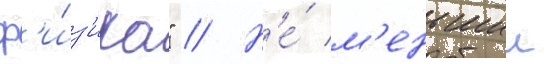
ф'и́з'ика" // Н'е́ м'еньшии